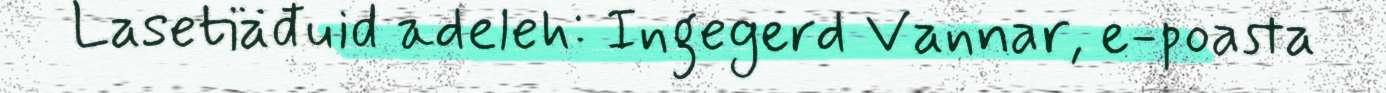
Lasetiäđuid adeleh: Ingegerd Vannar, e-poasta